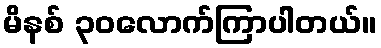
မိနစ် ၃၀လောက်ကြာပါတယ်။